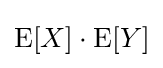
\operatorname {E} [X]\cdot \operatorname {E} [Y]